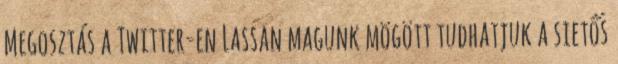
Megosztás a Twitter-en Lassan magunk mögött tudhatjuk a sietős